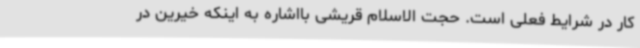
کار در شرایط فعلی است. حجت الاسلام قریشی بااشاره به اینکه خیرین در